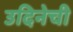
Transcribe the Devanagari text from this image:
उदिनेची